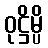
ဝုဋ္ဌိမ္ပိ